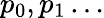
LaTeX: p_{0},p_{1}\ldots